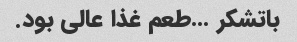
باتشکر …طعم غذا عالی بود.